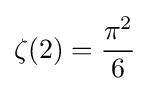
\zeta (2)={\frac {\pi ^{2}}{6}}